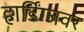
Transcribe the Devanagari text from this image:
हार्डिंग्जवर